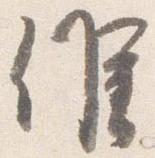
候